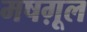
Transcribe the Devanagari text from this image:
मषग़ूल